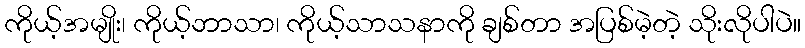
ကိုယ့်အမျိုး၊ ကိုယ့်ဘာသာ၊ ကိုယ့်သာသနာကို ချစ်တာ အပြစ်မဲ့တဲ့ သိုးလိုပါပဲ။